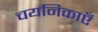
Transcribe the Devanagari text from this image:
चयनिकाएँ